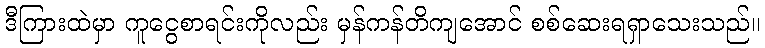
ဒီကြားထဲမှာ ကူငွေစာရင်းကိုလည်း မှန်ကန်တိကျအောင် စစ်ဆေးရရှာသေးသည်။